Mental hospitals Bombay report 1929-33 - 1929-1933
Year: 1929
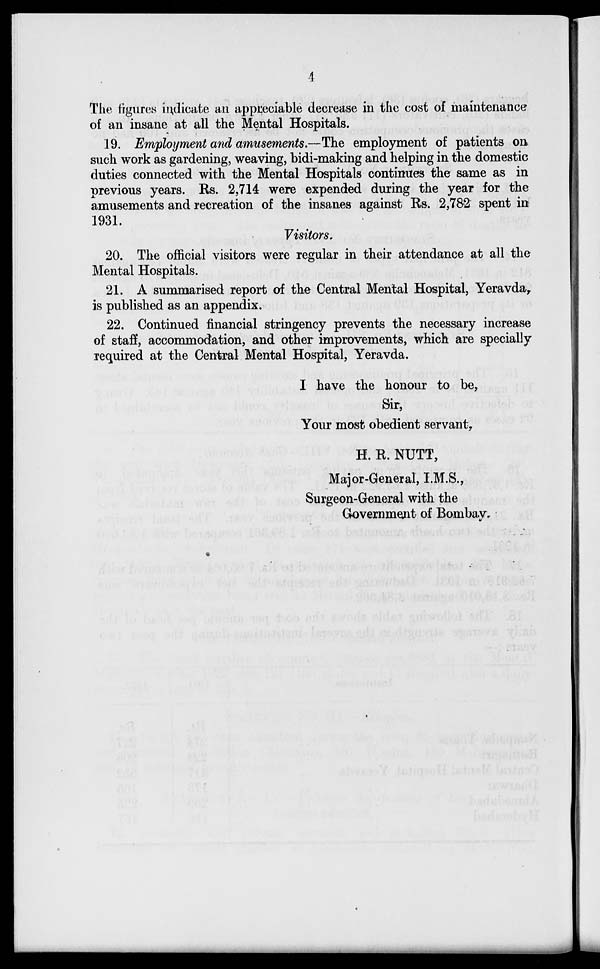
4
The figures indicate an appreciable decrease in the cost of maintenance
of an insane at all the Mental Hospitals.
19. Employment and amusements.—The employment of patients on
such work as gardening, weaving, bidi-making and helping in the domestic
duties connected with the Mental Hospitals continues the same as in
previous years. Rs. 2,714 were expended during the year for the
amusements and recreation of the insanes against Rs. 2,782 spent in
1931.
Visitors.
20. The official visitors were regular in their attendance at all the
Mental Hospitals.
21. A summarised report of the Central Mental Hospital, Yeravda,
is published as an appendix.
22. Continued financial stringency prevents the necessary increase
of staff, accommodation, and other improvements, which are specially
required at the Central Mental Hospital, Yeravda.
I have the honour to be,
Sir,
Your most obedient servant,
H. R. NUTT,
Major-General, I.M.S.,
Surgeon-General with the
Government of Bombay.